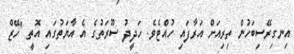
އިނގިރޭސިބަހުން ތިރިއަށް އަރާފައި ހުއްޓެވެ. ހަދީދު ސޫރަތުގެ އެ އާޔަތުގައި އޮތީ "ހޭޒް